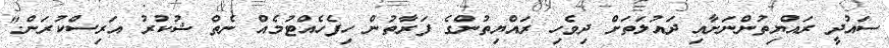
ސައުދީ ރައްޔިތުންނަށާއި ދައުލަތަށް ދިވެހި ރައްޔިތުންގެ ފަރާތުން ހިފެހެއްޓުމެއް ނެތް ޝުކުރު އަރިސްކުރަން."